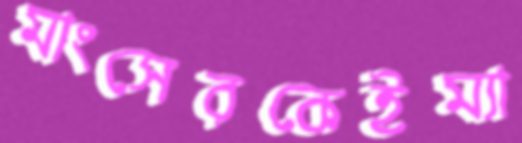
মাংসেরকেইম্যা